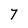
Character: 7